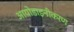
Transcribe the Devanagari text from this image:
आयोडाइनीकरण